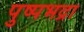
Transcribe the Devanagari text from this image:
पुष्पभद्रा